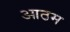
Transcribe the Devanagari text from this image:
आठम